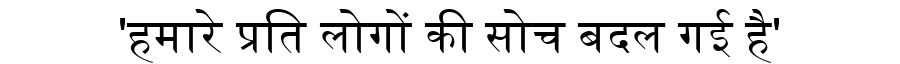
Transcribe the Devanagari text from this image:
'हमारे प्रति लोगों की सोच बदल गई है'